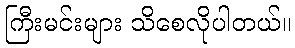
ကြီးမင်းများ သိစေလိုပါတယ်။